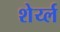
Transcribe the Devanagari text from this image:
शेर्य्ल